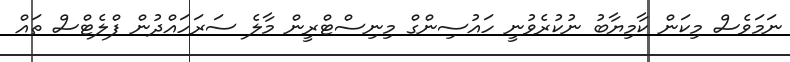
ނަމަވެސް މިކަން ކާމިޔާބު ނުކުރެވުނީ ހައުސިންގް މިނިސްޓްރީން މާލެ ސަރަހައްދުން ފްލެޓްސް ތައް